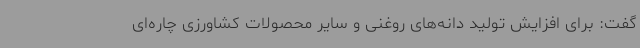
گفت: برای افزایش تولید دانه‌های روغنی و سایر محصولات کشاورزی چاره‌ای